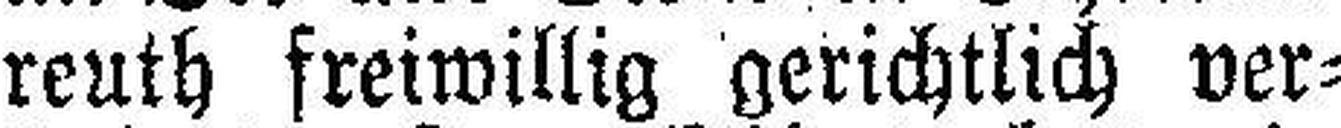
reuth freiwillig gerichtlich ver¬